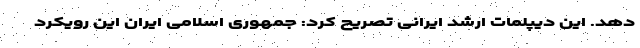
دهد. این دیپلمات ارشد ایرانی تصریح کرد: جمهوری اسلامی ایران این رویکرد